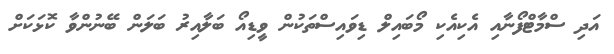
އަދި ސްމާޓްފޯނާއި އެކިއެކި މޯބައިލް ޑިވައިސްތަކުން ވީޑިއޯ ބަލާއިރު ބަލަން ބޭނުންވާ ކޮޅަކަށް